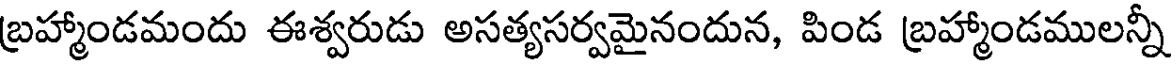
బ్రహ్మాండమందు ఈశ్వరుడు అసత్యసర్వమైనందున, పిండ బ్రహ్మాండములన్నీ